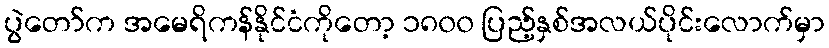
ပွဲတော်က အမေရိကန်နိုင်ငံကိုတော့ ၁၈၀၀ ပြည့်နှစ်အလယ်ပိုင်းလောက်မှာ